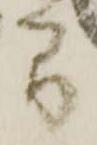
間